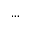
\ldots